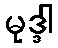
မုဒ္ဒါ